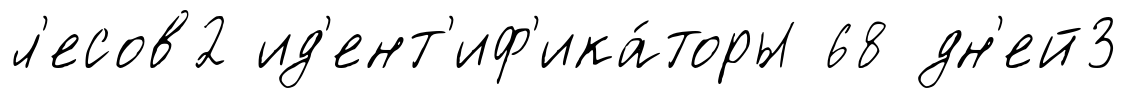
л'есов2 ид'ент'иф'ика́торы 68 дн'ей3